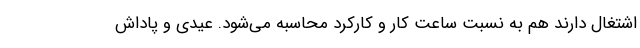
اشتغال دارند هم به نسبت ساعت کار و کارکرد محاسبه می‌شود. عیدی و پاداش